Indian journal of veterinary science and animal husbandry - Volumes 26-27, 1956-1957
Year: 1956
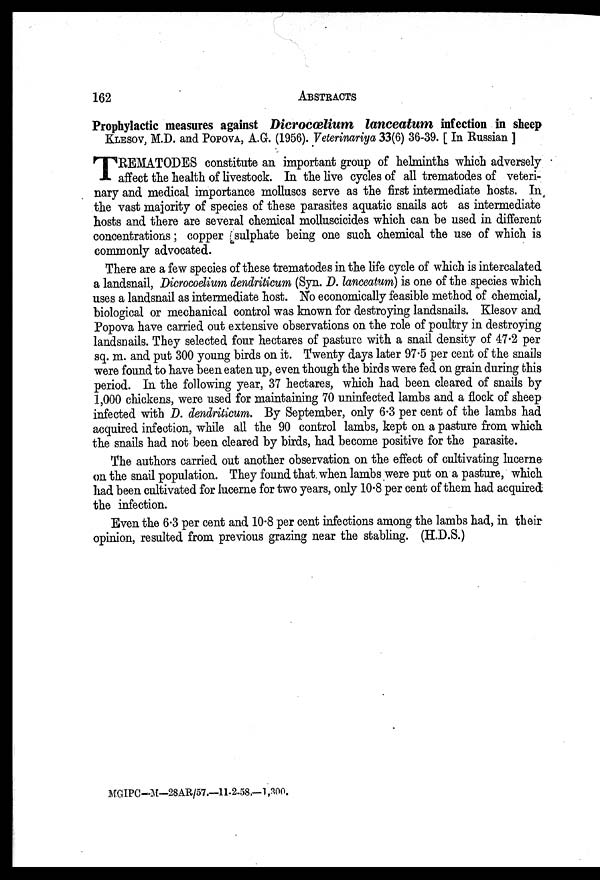
162
ABSTRACTS
Prophylactic measures against Dicrocœlium
lanceatum infection in sheep
KLESOV, M.D. and POPOVA,A.G. (1956). Veterinariya 33(6) 36-39. [ In Russian ]
T REMATODES constitute an important group of helminths which adversely
affect the health of livestock. In the live cycles of all trematodes of veteri-
nary and medical importance molluscs serve as the first intermediate hosts. In
the vast majority of species of these parasites aquatic snails act as intermediate
hosts and there are several chemical molluscicides which can be used in different
concentrations; copper sulphate being one such chemical the use of which is
commonly advocated.
There are a few species of these trematodes in the life cycle of which is intercalated
a landsnail, Dicrocoelium dendriticum (Syn. D. lanceatum) is one of the species which
uses a landsnail as intermediate host. No economically feasible method of chemcial,
biological or mechanical control was known for destroying landsnails. Klesov and
Popova have carried out extensive observations on the role of poultry in destroying
landsnails. They selected four hectares of pasture with a snail density of 47.2 per
sq. m. and put 300 young birds on it. Twenty days later 97.5 per cent of the snails
were found to have been eaten up, even though the birds were fed on grain during this
period. In the following year, 37 hectares, which had been cleared of snails by
1,000 chickens, were used for maintaining 70 uninfected lambs and a flock of sheep
infected with D. dendriticum. By September, only 6.3 per cent of the lambs had
acquired infection, while all the 90 control lambs, kept on a pasture from which
the snails had not been cleared by birds, had become positive for the parasite.
The authors carried out another observation on the effect of cultivating lucerne
on the snail population. They found that when lambs were put on a pasture, which
had been cultivated for lucerne for two years, only 10.8 per cent of them had acquired
the infection.
Even the 6.3 per cent and 10.8 per cent infections among the lambs had, in their
opinion, resulted from previous grazing near the stabling. (H.D.S.)
MGIPC—M—28AR/57.—11-2-58,—1,300.